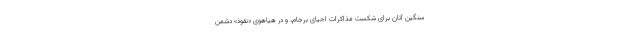
سنگین آنان برای شکست مذاکرات احیای برجام، و در هیاهوی «نفوذ» دشمن